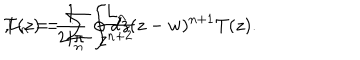
T ( z ) = \sum _ { n } \frac { L _ { n } } { z ^ { n + 2 } } \hspace { 5 m m } , \hspace { 5 m m } L _ { n } = \frac { 1 } { 2 i \pi } \oint { d z ( z - w ) ^ { n + 1 } } T ( z ) .